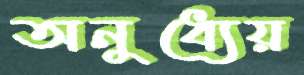
অনুধ্যেয়